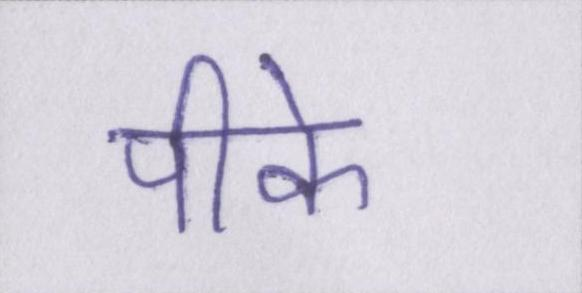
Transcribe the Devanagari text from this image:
पीके